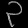
Digit: ၃